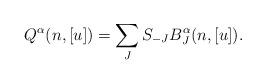
LaTeX: \begin{align*}Q^{\alpha}(n,[u])=\sum_{J}S_{-J}B_J^{\alpha}(n,[u]).\end{align*}